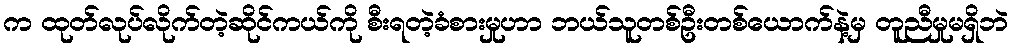
က ထုတ်လုပ်လိုက်တဲ့ဆိုင်ကယ်ကို စီးရတဲ့ခံစားမှုဟာ ဘယ်သူတစ်ဦးတစ်ယောက်နဲ့မှ တူညီမှုမရှိဘဲ